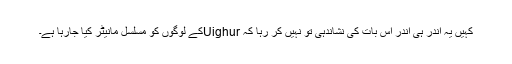
کہیں یہ اندر ہی اندر اس بات کی نشاندہی تو نہیں کر رہا کہ Uighurکے لوگوں کو مسلسل مانیٹر کیا جارہا ہے۔